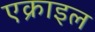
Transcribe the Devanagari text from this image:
एक्राइल